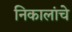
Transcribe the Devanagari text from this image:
निकालांचे